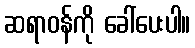
ဆရာဝန်ကို ခေါ်ပေးပါ။